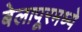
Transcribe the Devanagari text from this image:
बेलापूरमध्ये